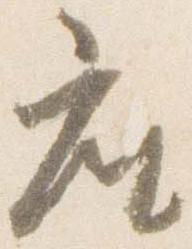
座